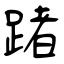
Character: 踷